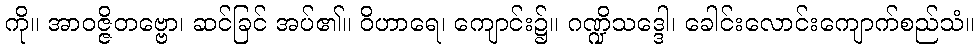
ကို။ အာဝဇ္ဇိတဗ္ဗော၊ ဆင်ခြင် အပ်၏။ ဝိဟာရေ၊ ကျောင်း၌။ ဂဏ္ဍိသဒ္ဒေါ၊ ခေါင်းလောင်းကျောက်စည်သံ။